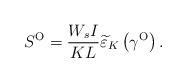
LaTeX: \begin{align*}{S^{\rm{O}}} = \frac{{{W_s}I}}{{KL}}{\widetilde \varepsilon _K}\left( {{\gamma ^{\rm{O}}}} \right).\end{align*}